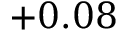
+ 0 . 0 8